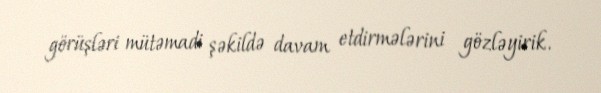
görüşləri mütəmadi şəkildə davam etdirmələrini gözləyirik.